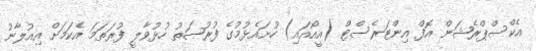
އެކްސްޕްރެޝަން އޮފް އިންޓަރެސްޓް (އީއޯއައި) ހުށައެޅުމުގެ ފުރުޞަތު ހުޅުވާލީ ފުރަތަމަ އެކަމަށް އިއުލާނު